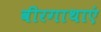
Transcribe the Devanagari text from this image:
वीरगाथाएं